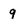
Character: 9